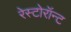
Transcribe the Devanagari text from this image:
रेस्टोरॉन्ट